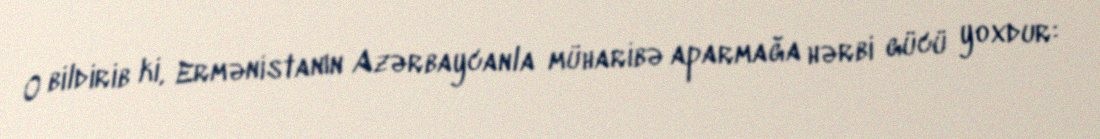
O bildirib ki, Ermənistanın Azərbaycanla müharibə aparmağa hərbi gücü yoxdur: